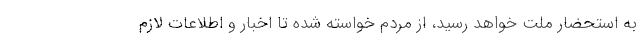
به استحضار ملت خواهد رسید، از مردم خواسته شده تا اخبار و اطلاعات لازم